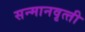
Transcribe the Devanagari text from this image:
सन्‍मानवृत्‍ती